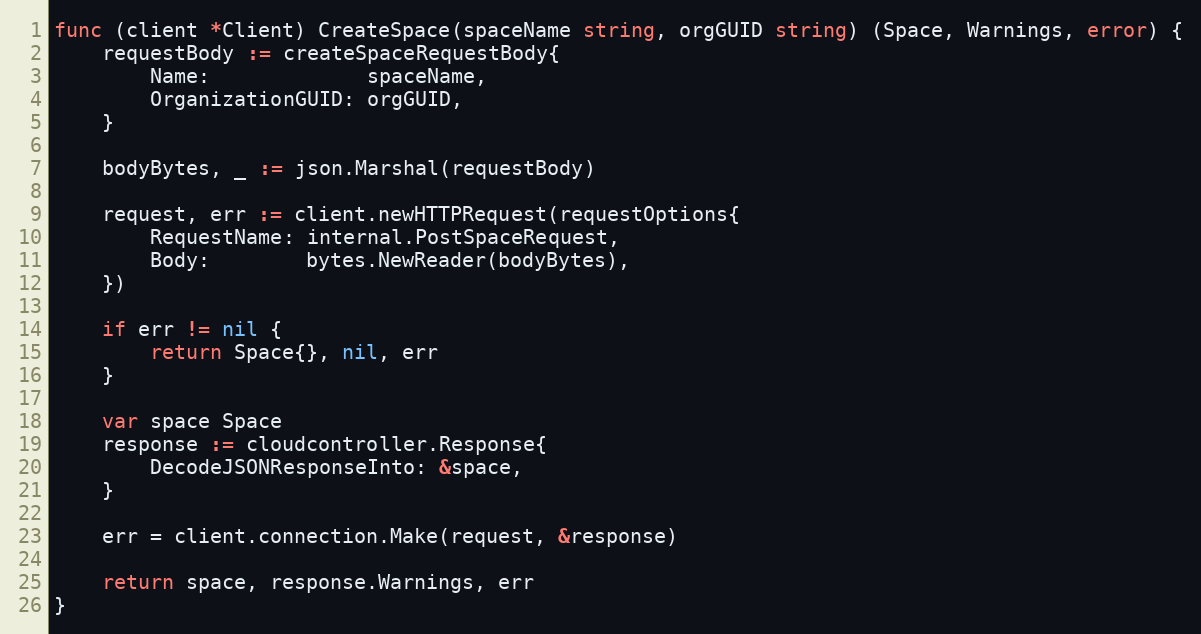
Language: Go
func (client *Client) CreateSpace(spaceName string, orgGUID string) (Space, Warnings, error) {
	requestBody := createSpaceRequestBody{
		Name:             spaceName,
		OrganizationGUID: orgGUID,
	}

	bodyBytes, _ := json.Marshal(requestBody)

	request, err := client.newHTTPRequest(requestOptions{
		RequestName: internal.PostSpaceRequest,
		Body:        bytes.NewReader(bodyBytes),
	})

	if err != nil {
		return Space{}, nil, err
	}

	var space Space
	response := cloudcontroller.Response{
		DecodeJSONResponseInto: &space,
	}

	err = client.connection.Make(request, &response)

	return space, response.Warnings, err
}